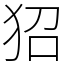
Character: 㹦